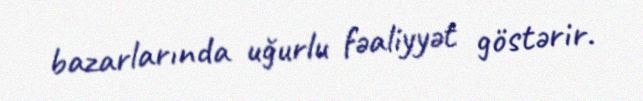
bazarlarında uğurlu fəaliyyət göstərir.